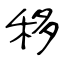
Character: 移